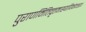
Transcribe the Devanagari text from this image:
पुराणमितिवृत्तमाख्यायिकोदाहरणं